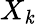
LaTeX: X_{\mathit{k}}